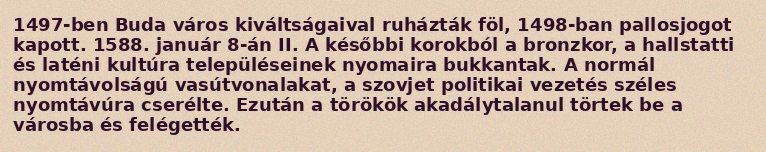
1497-ben Buda város kiváltságaival ruházták föl, 1498-ban pallosjogot kapott. 1588. január 8-án II. A későbbi korokból a bronzkor, a hallstatti és laténi kultúra településeinek nyomaira bukkantak. A normál nyomtávolságú vasútvonalakat, a szovjet politikai vezetés széles nyomtávúra cserélte. Ezután a törökök akadálytalanul törtek be a városba és felégették.